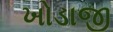
ખોડાજી